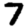
Digit: 7